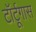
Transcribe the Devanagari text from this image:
टॉर्टूगास